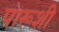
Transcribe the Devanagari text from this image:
पारूशी